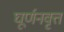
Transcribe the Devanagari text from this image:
घूर्णनवृत्त